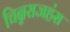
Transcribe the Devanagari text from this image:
चिन्नराजहंस